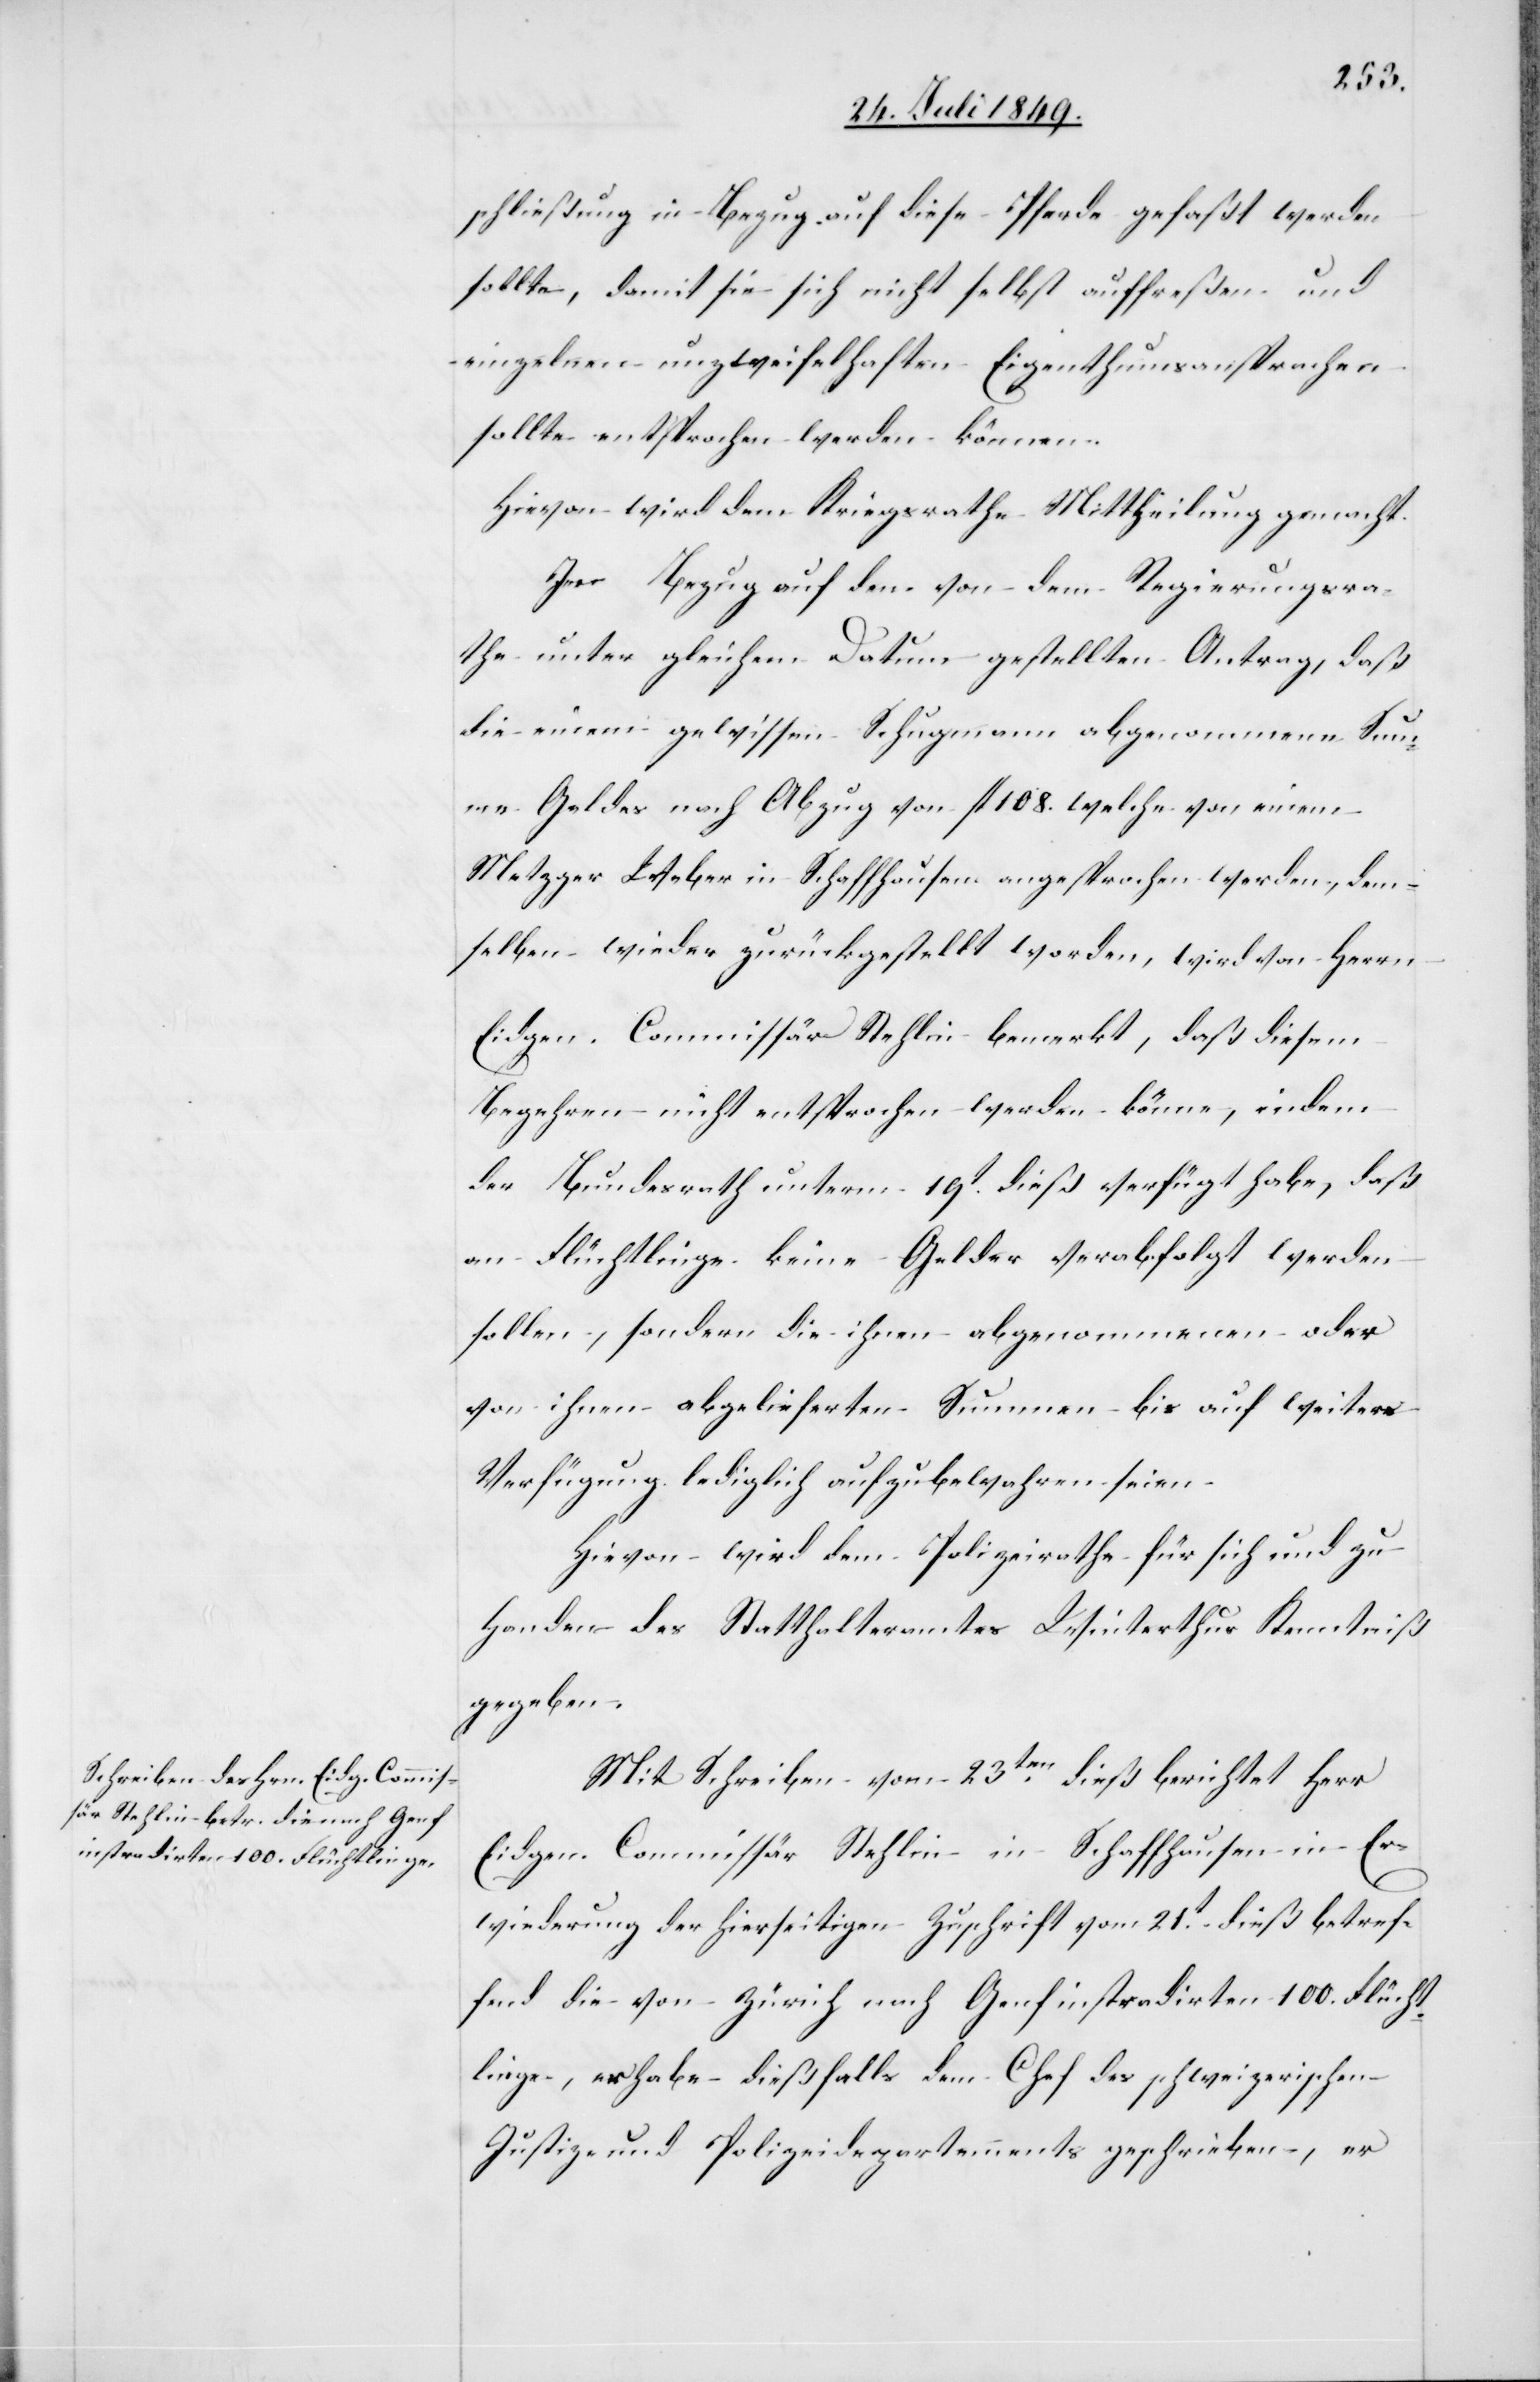
schließung in Bezug auf diese Pferde gefaßt werden
sollte, damit sie sich nicht selbst auffreßen und
einzelnen unzweifelhaften Eigenthumsansprachen
sollte entsprochen werden können.
Hievon wird dem Kriegsrathe Mittheilung gemacht.
In Bezug auf den von dem Regierungsra¬
the unter gleichem Datum gestellten Antrag, daß
die einem gewissen Schupmann abgenommenen Sum¬
me Gelder nach Abzug von fl. 108. welche von einem
Metzger Weber in Schaffhausen angesprochen werden, dem¬
selben wieder zurückgestellt worden, wird von Herrn
Eidgen. Commissär Stehlin bemerkt, daß diesem
Begehren nicht entsprochen werden könne, indem
der Bundesrath unterm 19t dieß verfügt habe, daß
an Flüchtlinge keine Gelder verabfolgt werden
sollen, sondern die ihnen abgenommenen oder
von ihnen abgelieferten Summen bis auf weitere
Verfügung lediglich aufzubewahren seien.
Hievon wird dem Polizeirath für sich und zu
Handen des Statthalteramtes Winterthur Kenntniß
gegeben.
Mit Schreiben vom 23ten dieß berichtet Herr
Eidgen. Commissär Stehlin in Schaffhausen in Er¬
wiederung der hierseitigen Zuschrift vom 21t dieß betref¬
fend die von Zürich nach Genf instradirten 100. Flücht¬
linge, er habe – dießfalls dem Chef des schweizerischen
Justiz- und Polizeidepartement geschrieben, er